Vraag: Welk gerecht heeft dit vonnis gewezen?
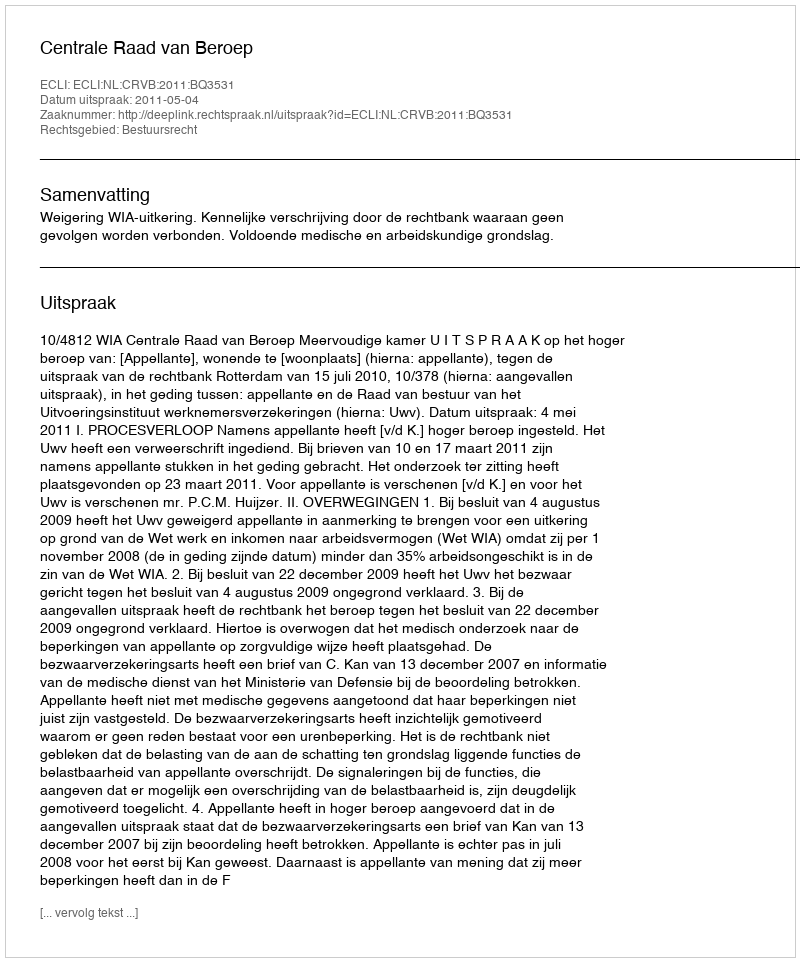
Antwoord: Centrale Raad van Beroep